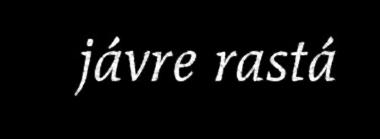
jávre rastá